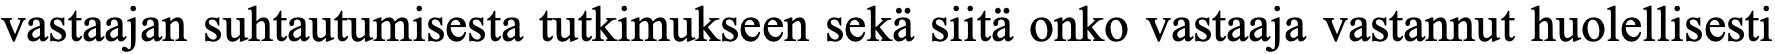
vastaajan suhtautumisesta tutkimukseen sekä siitä onko vastaaja vastannut huolellisesti